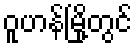
ဝူဟန်မြို့တွင်